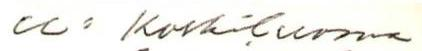
u: Koskiluoma